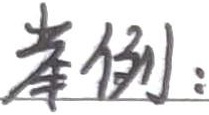
举例：